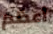
أعظم